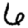
Digit: 6